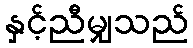
နှင့်ညီမျှသည်